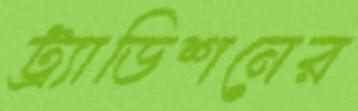
ট্র্যাডিশনের